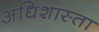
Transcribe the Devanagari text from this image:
अधिशास्ता